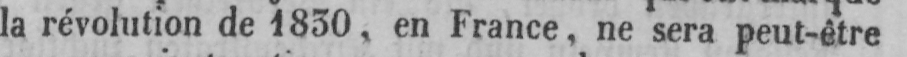
la révolution de 1830, en France, ne sera peut-être